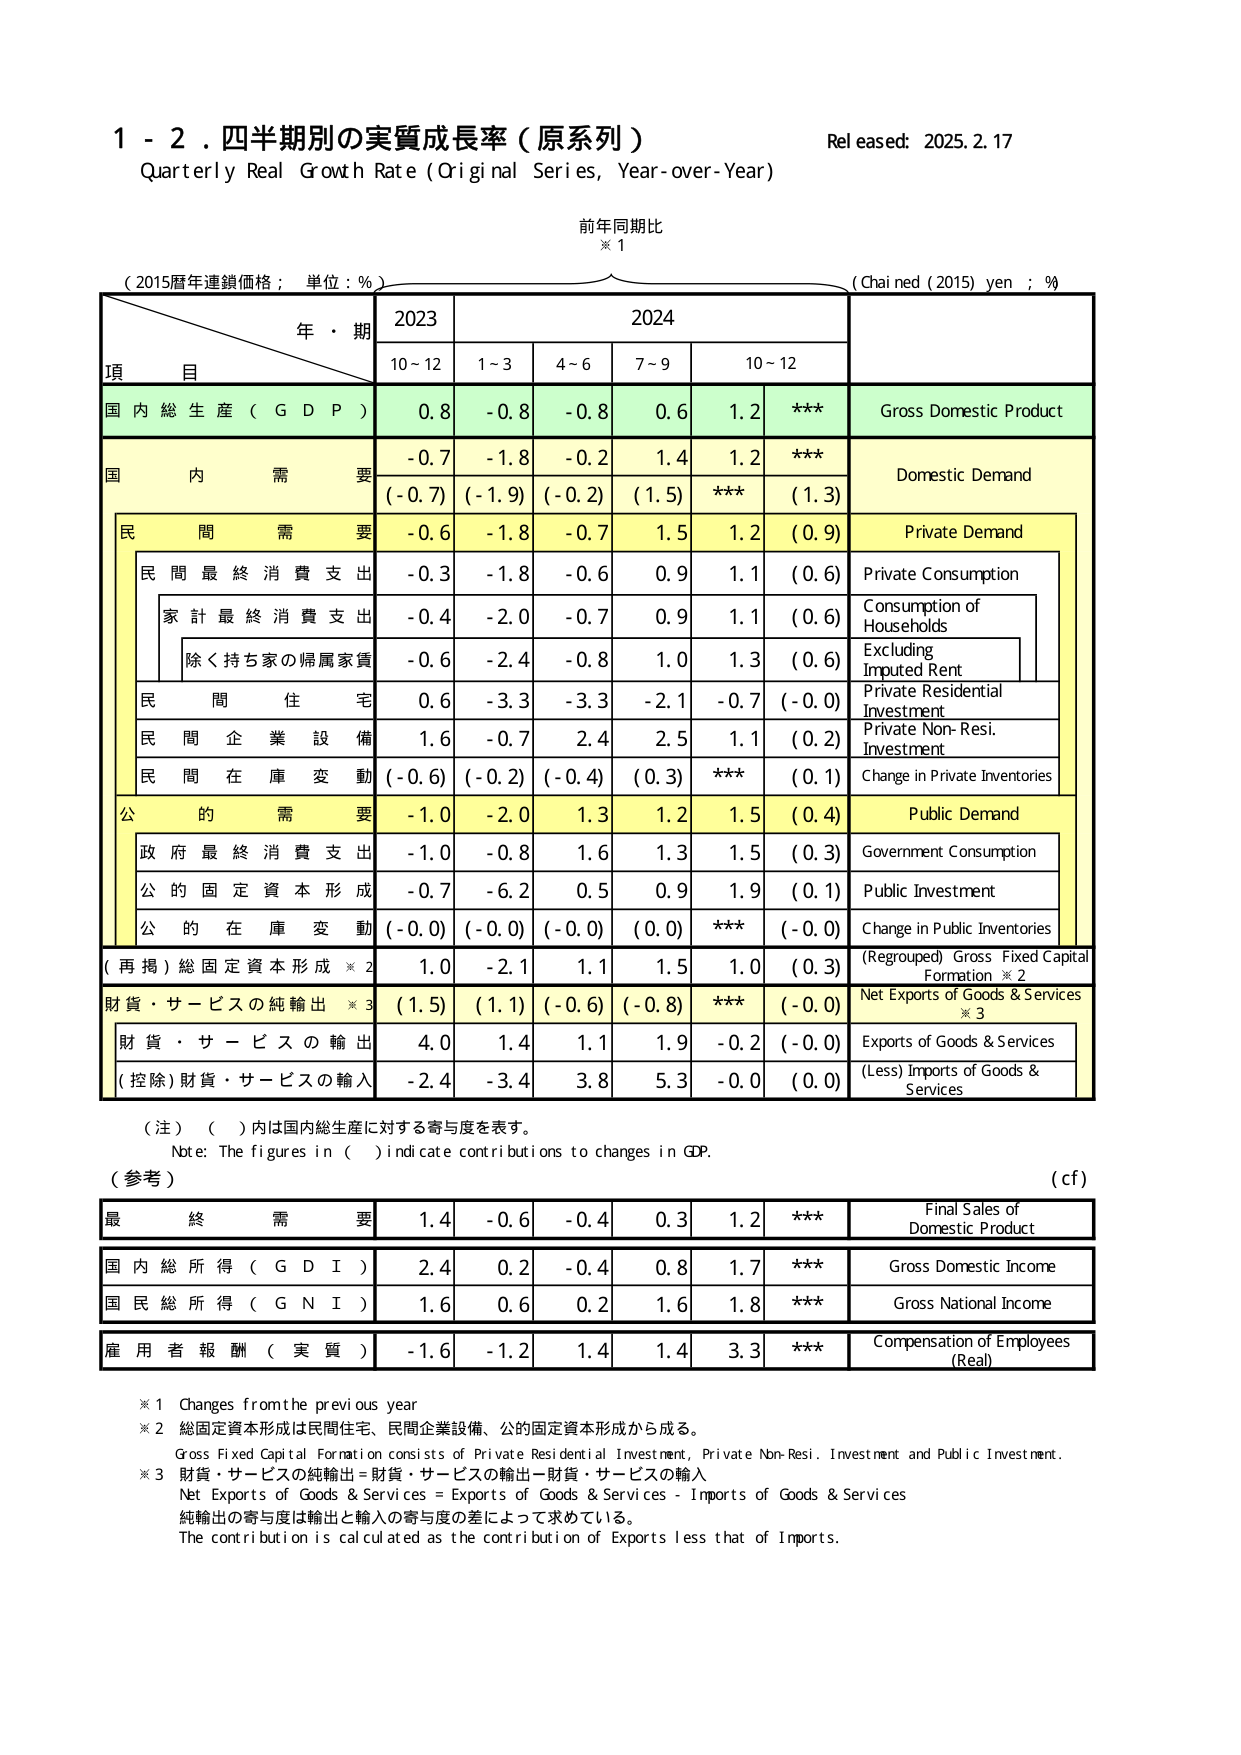
1 - 2. 四半期別の実質成長率（原系列）
Quarterly Real Growth Rate (Original Series, Year-over-Year)
Released: 2025.2.17
前年同期比
※1
(2015暦年連鎖価格；単位：％)
(Chained (2015) yen ; %)
年・期
2023
2024
項
目
10~12
1~3
4~6
7~9
10~12
国内総生産（GDP）
0.8
-0.8
-0.8
0.6
1.2
***
Gross Domestic Product
国内需要
-0.7
-1.8
-0.2
1.4
1.2
***
Domestic Demand
(-0.7)
(-1.9)
(-0.2)
(1.5)
***
(1.3)
民間需要
-0.6
-1.8
-0.7
1.5
1.2
(0.9)
Private Demand
民間最終消費支出
-0.3
-1.8
-0.6
0.9
1.1
(0.6)
Private Consumption
家計最終消費支出
-0.4
-2.0
-0.7
0.9
1.1
(0.6)
Consumption of Households
除く持ち家の帰属家賃
-0.6
-2.4
-0.8
1.0
1.3
(0.6)
Excluding Imputed Rent
民間住宅
0.6
-3.3
-3.3
-2.1
-0.7
(-0.0)
Private Residential Investment
民間企業設備
1.6
-0.7
2.4
2.5
1.1
(0.2)
Private Non-Resi. Investment
民間在庫変動
(-0.6)
(-0.2)
(-0.4)
(0.3)
***
(0.1)
Change in Private Inventories
公的需要
-1.0
-2.0
1.3
1.2
1.5
(0.4)
Public Demand
政府最終消費支出
-1.0
-0.8
1.6
1.3
1.5
(0.3)
Government Consumption
公的固定資本形成
-0.7
-6.2
0.5
0.9
1.9
(0.1)
Public Investment
公的在庫変動
(-0.0)
(-0.0)
(-0.0)
(0.0)
***
(-0.0)
Change in Public Inventories
(再掲)総固定資本形成※2
1.0
-2.1
1.1
1.5
1.0
(0.3)
(Regrouped) Gross Fixed Capital Formation ※2
財貨・サービスの純輸出※3
(1.5)
(1.1)
(-0.6)
(-0.8)
***
(-0.0)
Net Exports of Goods & Services ※3
財貨・サービスの輸出
4.0
1.4
1.1
1.9
-0.2
(-0.0)
Exports of Goods & Services
(控除)財貨・サービスの輸入
-2.4
-3.4
3.8
5.3
-0.0
(0.0)
(Less) Imports of Goods & Services
（注）（ ）内は国内総生産に対する寄与度を表す。
Note: The figures in ( ) indicate contributions to changes in GDP.
（参考）
(cf)
最終需要
1.4
-0.6
-0.4
0.3
1.2
***
Final Sales of Domestic Product
国内総所得（GDI）
2.4
0.2
-0.4
0.8
1.7
***
Gross Domestic Income
国民総所得（GNI）
1.6
0.6
0.2
1.6
1.8
***
Gross National Income
雇用者報酬（実質）
-1.6
-1.2
1.4
1.4
3.3
***
Compensation of Employees (Real)
※1 Changes from the previous year
※2 総固定資本形成は民間住宅、民間企業設備、公的固定資本形成から成る。
Gross Fixed Capital Formation consists of Private Residential Investment, Private Non-Resi. Investment and Public Investment.
※3 財貨・サービスの純輸出＝財貨・サービスの輸出－財貨・サービスの輸入
Net Exports of Goods & Services = Exports of Goods & Services - Imports of Goods & Services
純輸出の寄与度は輸出と輸入の寄与度の差によって求めている。
The contribution is calculated as the contribution of Exports less that of Imports.